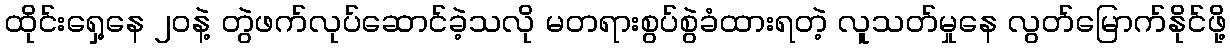
ထိုင်းရှေ့နေ ၂ဝနဲ့ တွဲဖက်လုပ်ဆောင်ခဲ့သလို မတရားစွပ်စွဲခံထားရတဲ့ လူသတ်မှုနေ လွတ်မြောက်နိုင်ဖို့